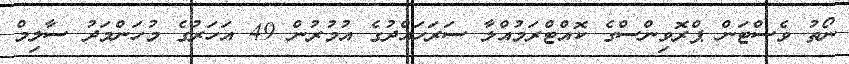
ނޯތު ވެސްޓަން ޕްރޮވިންސްގެ ކޮއްޓްރަމުއްލާ ސަރަހައްދުގެ އުމުރުން 49 އަހަރުގެ މުހަންމަދު ސާލިމް